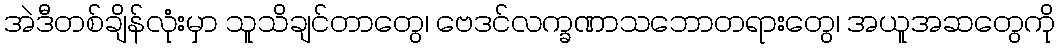
အဲဒီတစ်ချိန်လုံးမှာ သူသိချင်တာတွေ၊ ဗေဒင်လက္ခဏာသဘောတရားတွေ၊ အယူအဆတွေကို